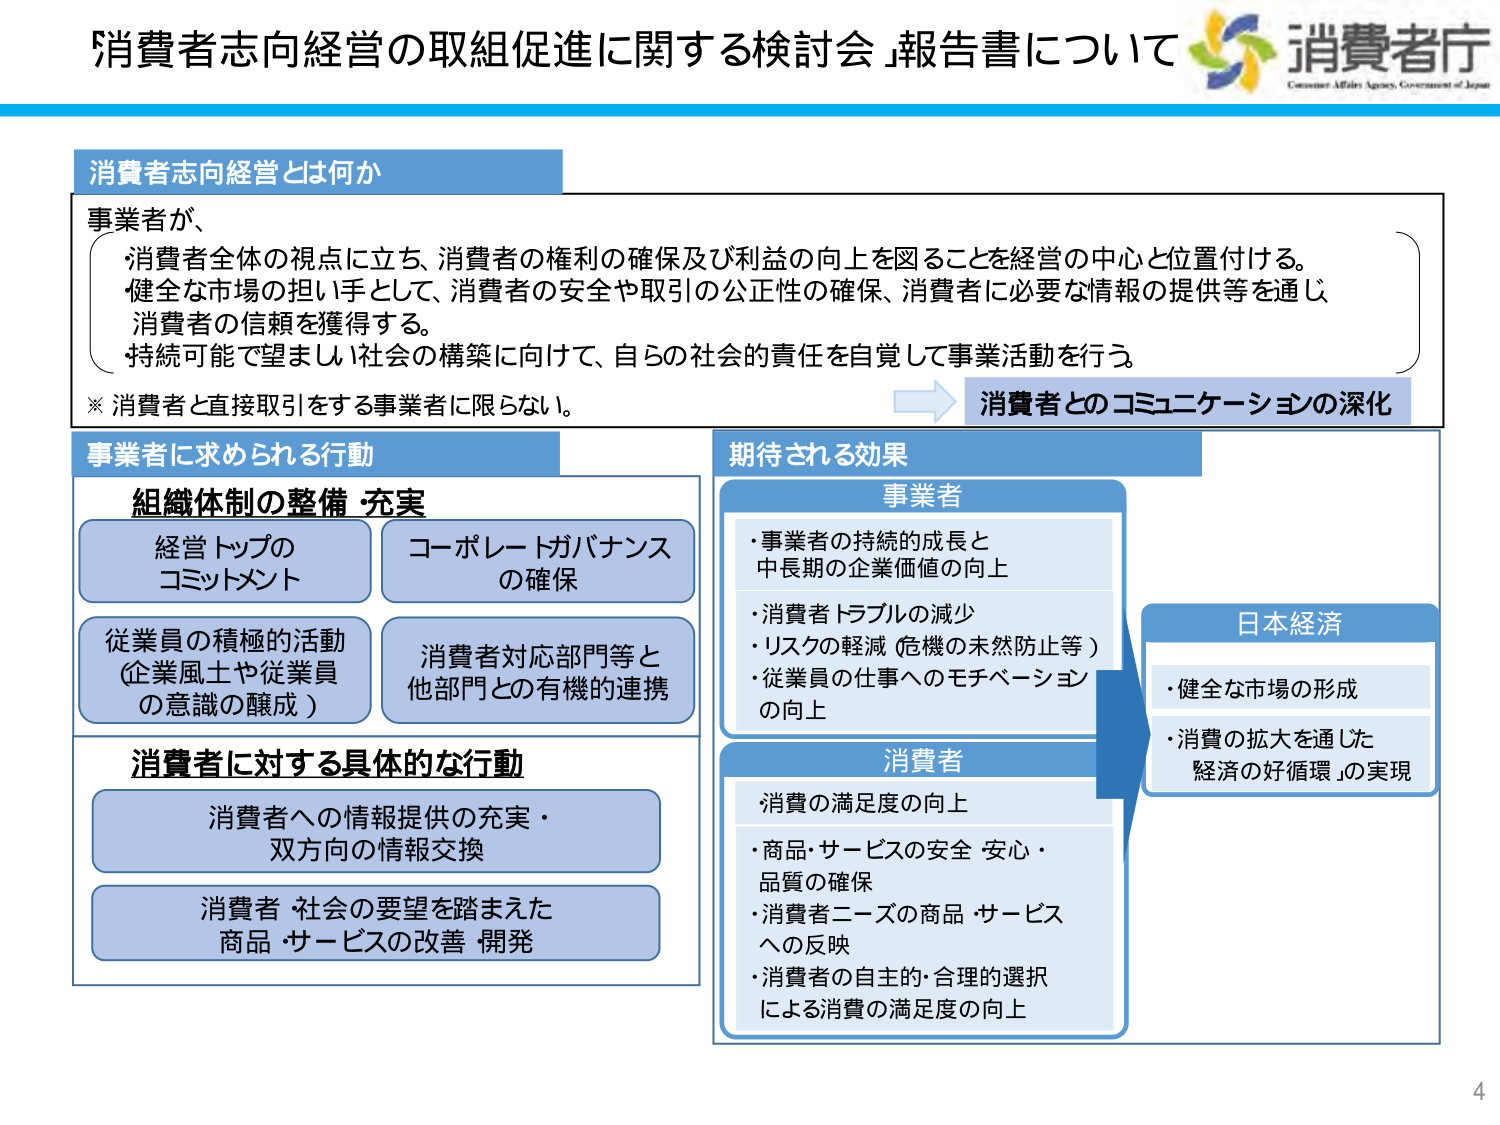
消費者志向経営の取組促進に関する検討会 報告書について
消費者庁
Consumer Affairs Agency, Government of Japan

消費者志向経営とは何か
事業者が、
・消費者全体の視点に立ち、消費者の権利の確保及び利益の向上を図ることを経営の中心と位置付ける。
・健全な市場の担い手として、消費者の安全や取引の公正性の確保、消費者に必要な情報の提供等を通じ
消費者の信頼を獲得する。
・持続可能で望ましい社会の構築に向けて、自らの社会的責任を自覚して事業活動を行う。
※ 消費者と直接取引をする事業者に限らない。
→ 消費者とのコミュニケーションの深化

事業者に求められる行動
組織体制の整備・充実
・経営トップのコミットメント
・コーポレートガバナンスの確保
・従業員の積極的活動（企業風土や従業員の意識の醸成）
・消費者対応部門等と他部門との有機的連携

消費者に対する具体的な行動
・消費者への情報提供の充実・双方方向の情報交換
・消費者・社会の要望を踏まえた商品・サービスの改善・開発

期待される効果
事業者
・事業者の持続的成長と中長期の企業価値の向上
・消費者トラブルの減少
・リスクの軽減（危機の未然防止等）
・従業員の仕事へのモチベーションの向上

消費者
・消費の満足度の向上
・商品・サービスの安全・安心・品質の確保
・消費者ニーズの商品・サービスへの反映
・消費者の自主的・合理的選択による消費の満足度の向上

日本経済
・健全な市場の形成
・消費の拡大を通じた経済の好循環の実現

4